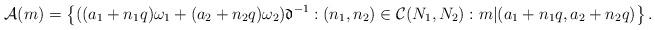
LaTeX: \begin{align*}\mathcal{A}(m)=\left\{((a_1+n_1q)\omega_1+(a_2+n_2q)\omega_2)\mathfrak{d}^{-1}:(n_1,n_2)\in \mathcal{C}(N_1,N_2):m|(a_1+n_1q,a_2+n_2q)\right\}.\end{align*}